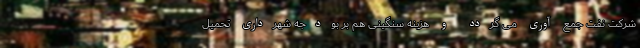
شرکت نفت جمع آوری می گردد و هزینه سنگینی هم بر بودجه شهرداری تحمیل